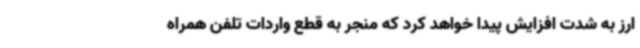
ارز به شدت افزایش پیدا خواهد کرد که منجر به قطع واردات تلفن همراه